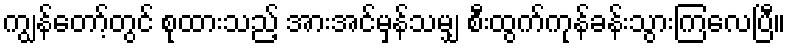
ကျွန်တော့်တွင် စုထားသည့် အားအင်မှန်သမျှ စီးထွက်ကုန်ခန်းသွားကြလေပြီ။